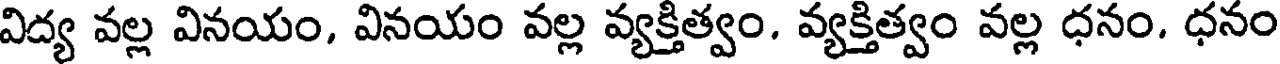
విద్య వల్ల వినయం, వినయం వల్ల వ్యక్తిత్వం. వ్యక్తిత్వం వల్ల ధనం. ధనం